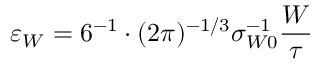
\varepsilon _ { W } = 6 ^ { - 1 } \cdot ( 2 \pi ) ^ { - 1 / 3 } \sigma _ { W 0 } ^ { - 1 } \frac { W } { \tau }